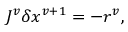
J ^ { v } \delta x ^ { v + 1 } = - r ^ { v } ,